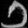
Digit: ၁